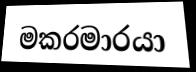
මකරමාරයා